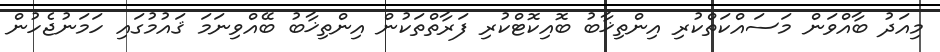
މިއަދު ބާއްވަން މަސައްކަތްކުރި އިންތިޚާބު ބޮއިކޮޓްކުރި ފަރާތްތަކުން އިންތިޚާބު ބޭއްވިނަމަ ޤައުމުގައި ހަމަނުޖެހުން